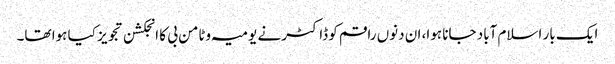
ایک بار اسلام آباد جانا ہوا، ان دنوں راقم کو ڈاکٹر نے یومیہ وٹامن بی کا انجکشن تجویز کیا ہوا تھا۔